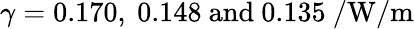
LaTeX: \gamma=0.170,\ 0.148\ \mathrm{and}\ 0.135\ \mathrm{/W/m}